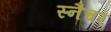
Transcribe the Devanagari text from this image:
स्नैचर